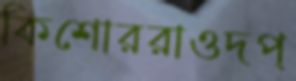
কিশোররাওদপ্